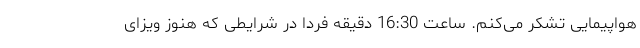
هواپیمایی تشکر می‌‌کنم. ساعت 16:30 دقیقه فردا در شرایطی که هنوز ویزای